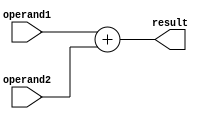
module triple_precision_float_adder (
    input [63:0] operand1,
    input [63:0] operand2,
    output [63:0] result
);

    // Adder logic for triple precision floating point numbers
    // Implement logic for addition of operands with appropriate rounding and handling of special cases

    assign result = operand1 + operand2;

endmodule